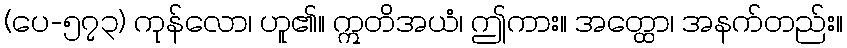
(ပေ-၅၇၃) ကုန်လော၊ ဟူ၏။ ဣတိအယံ၊ ဤကား။ အတ္ထော၊ အနက်တည်း။